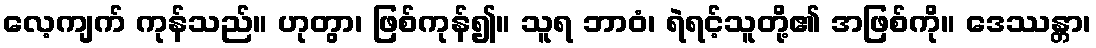
လေ့ကျက် ကုန်သည်။ ဟုတွာ၊ ဖြစ်ကုန်၍။ သူရ ဘာဝံ၊ ရဲရင့်သူတို့၏ အဖြစ်ကို။ ဒေဿန္တာ၊